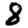
Digit: 8